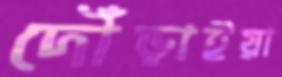
দৌঁড়াইয়া